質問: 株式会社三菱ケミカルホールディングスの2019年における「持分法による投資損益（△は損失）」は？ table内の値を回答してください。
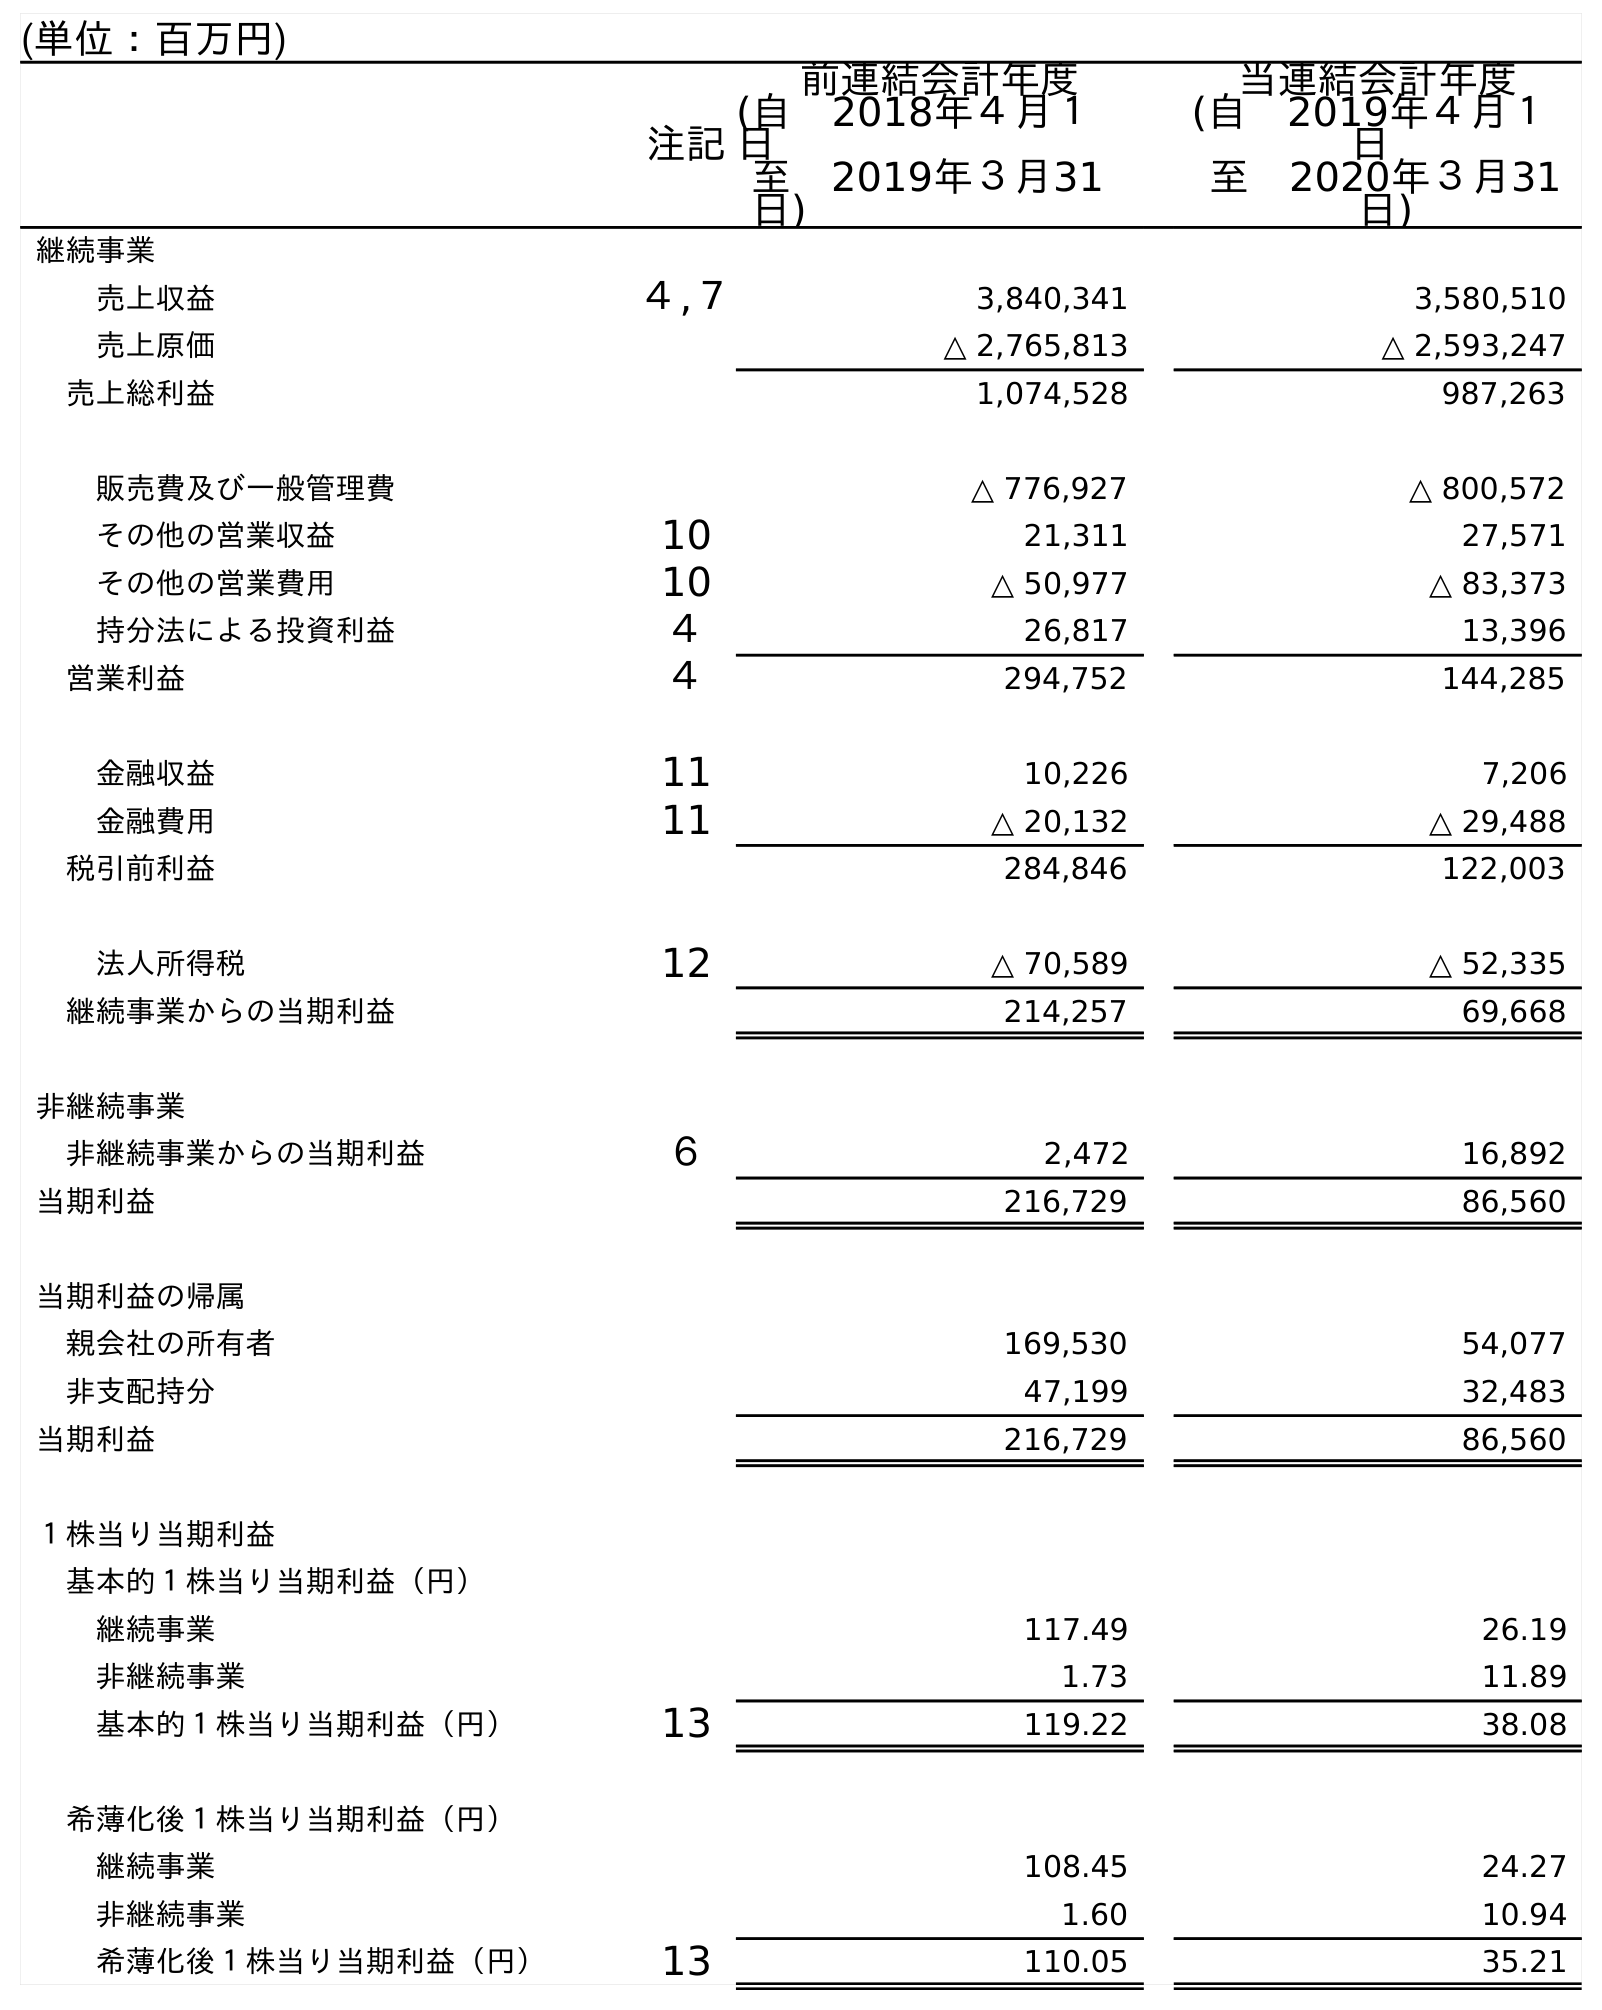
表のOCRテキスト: (単位：百万円) 注記 前連結会計年度 (自 2018年４月１ 日 至 2019年３月31 日) 当連結会計年度 (自 2019年４月１ 日 至 2020年３月31 日) 継続事業 売上収益 ４,７ 3,840,341 3,580,510 売上原価 △ 2,765,813 △ 2,593,247 売上総利益 1,074,528 987,263 販売費及び一般管理費 △ 776,927 △ 800,572 その他の営業収益 10 21,311 27,571 その他の営業費用 10 △ 50,977 △ 83,373 持分法による投資利益 ４ 26,817 13,396 営業利益 ４ 294,752 144,285 金融収益 11 10,226 7,206 金融費用 11 △ 20,132 △ 29,488 税引前利益 284,846 122,003 法人所得税 12 △ 70,589 △ 52,335 継続事業からの当期利益 214,257 69,668 非継続事業 非継続事業からの当期利益 ６ 2,472 16,892 当期利益 216,729 86,560 当期利益の帰属 親会社の所有者 169,530 54,077 非支配持分 47,199 32,483 当期利益 216,729 86,560 １株当り当期利益 基本的１株当り当期利益（円） 継続事業 117.49 26.19 非継続事業 1.73 11.89 基本的１株当り当期利益（円） 13 119.22 38.08 希薄化後１株当り当期利益（円） 継続事業 108.45 24.27 非継続事業 1.60 10.94 希薄化後１株当り当期利益（円） 13 110.05 35.21
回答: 26,817